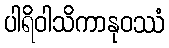
ပါရိဝါသိကာနုဝဿံ